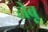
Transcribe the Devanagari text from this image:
नेबू